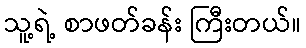
သူ့ရဲ့ စာဖတ်ခန်း ကြီးတယ်။